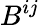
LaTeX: B^{ij}